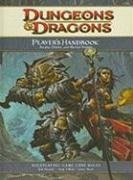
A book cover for Dungeons & Dragons Player's Handbook: Arcane, Divine, and Martial Heroes (Roleplaying Game Core Rules); Rob Heinsoo; Science Fiction & Fantasy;